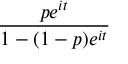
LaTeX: \frac { p e ^ { i t } } { 1 - ( 1 - p ) e ^ { i t } }